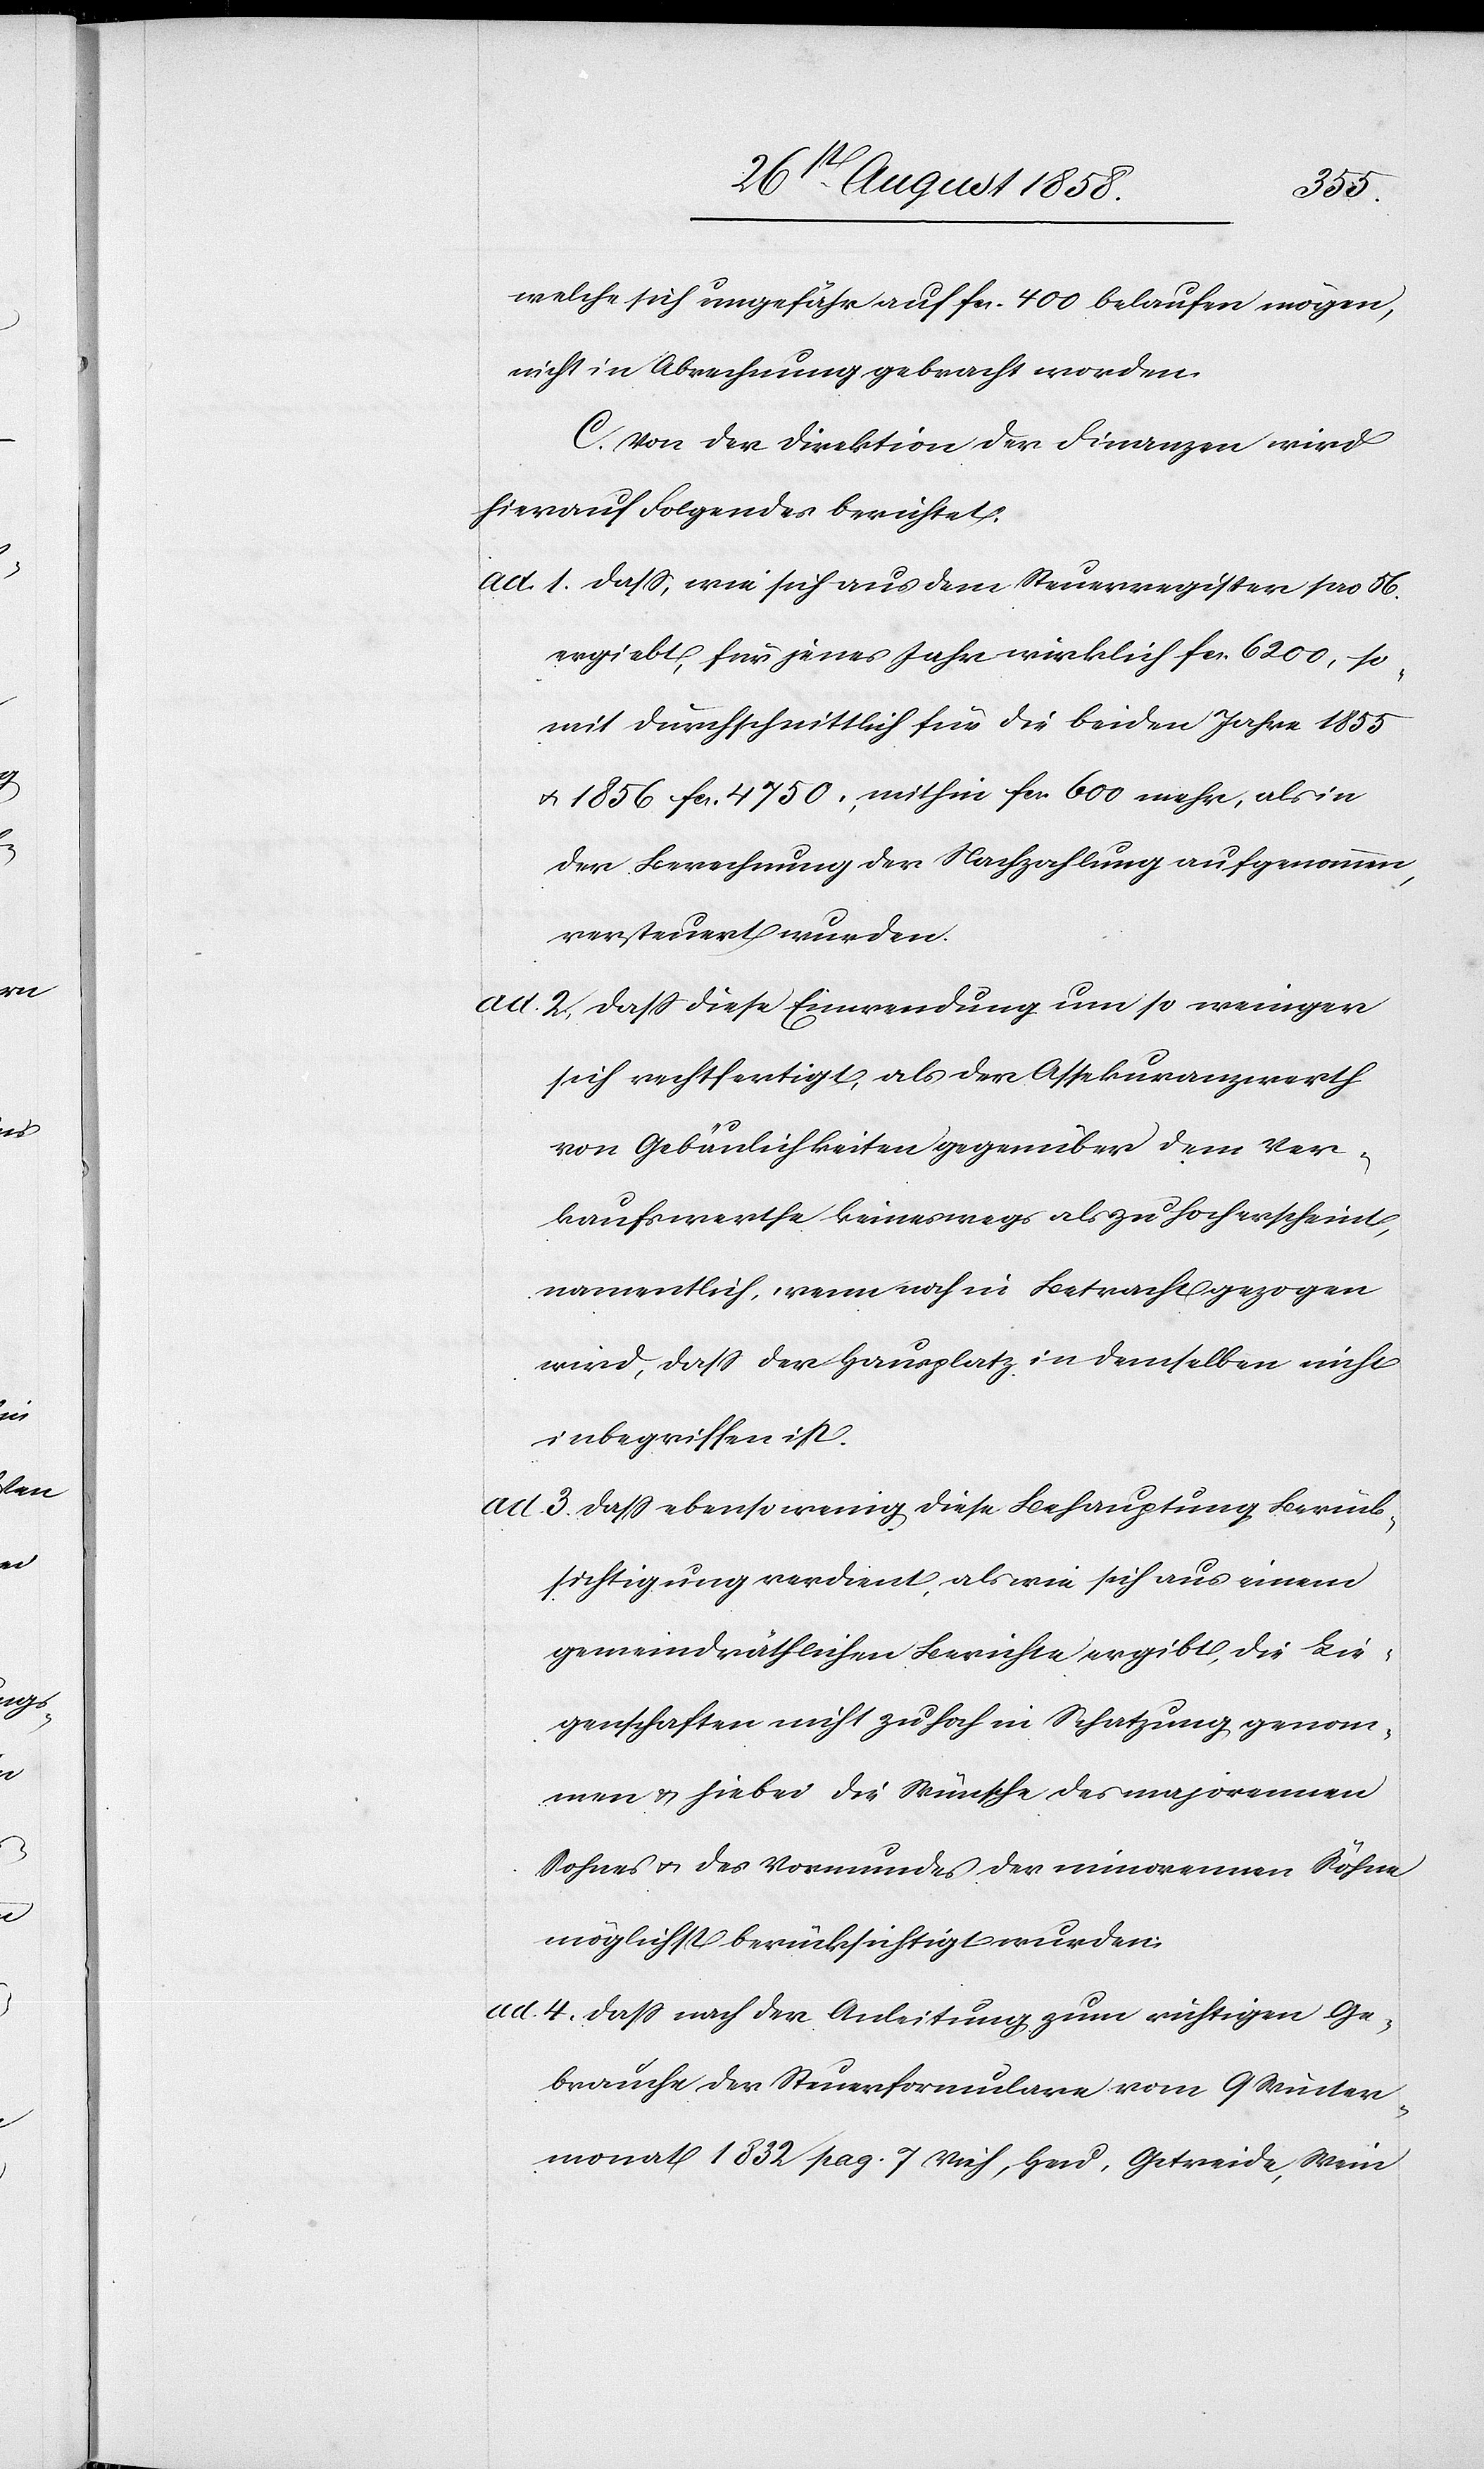
welche sich ungefähr auf fcs. 400 belaufen mögen,
nicht in Abrechnung gebracht worden.
C. Von der Direktion der Finanzen wird
hierauf Folgendes berichtet:
ad 1. dass, wie sich aus dem Steuerregister pro 56.
ergiebt, für jenes Jahr wirklich fcs. 6200, so¬
mit durchschnittlich für die beiden Jahre 1855
& 1856 fcs. 4750, mithin fcs. 600 mehr, als in
der Berechnung der Nachzahlung aufgenommen,
versteuert wurden.
ad 2. dass diese Einwendung um so weniger
sich rechtfertigt, als der Assekuranzwerth
von Gebäulichkeiten gegenüber dem Ver¬
kaufswerthe keineswegs als zu hoch erscheint,
namentlich, wenn noch in Betracht gezogen
wird, dass der Hausplatz in demselben nicht
inbegriffen ist.
ad 3. dass ebensowenig diese Behauptung Berück¬
sichtigung verdient, als wie sich aus einem
gemeindräthlichen Berichte ergibt, die Lie¬
genschaften nicht zu hoch in Schatzung genom¬
men & hiebei die Wünsche des majorennen
Sohnes & des Vormundes der minorennen Söhne
möglichst berücksichtigt wurden.
ad 4. dass nach der Anleitung zum richtigen Ge¬
brauche der Steuerformulare vom 9 Winter¬
monat 1832 pag. 7 Vieh, Heu, Getreide, Wein